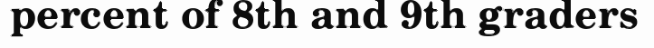
percent of 8th and 9th graders